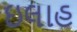
ઇલાહ